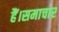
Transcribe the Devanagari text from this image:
हैं।समाचार